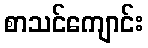
စာသင်ကျောင်း